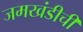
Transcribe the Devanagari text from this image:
जमखंडीची